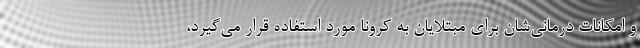
و امکانات درمانی‌شان برای مبتلایان به کرونا مورد استفاده قرار می‌گیرد،